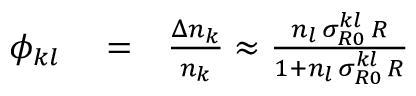
\begin{array} { r l r } { \phi _ { k l } } & { { } = } & { \frac { \Delta n _ { k } } { n _ { k } } \approx \frac { n _ { l } \, \sigma _ { R 0 } ^ { k l } \, { \cal R } } { 1 + n _ { l } \, \sigma _ { R 0 } ^ { k l } \, { \cal R } } } \end{array}